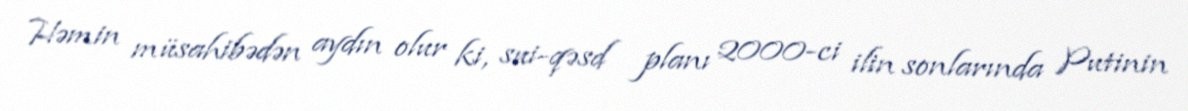
Həmin müsahibədən aydın olur ki, sui-qəsd planı 2000-ci ilin sonlarında Putinin